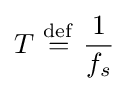
T\ {\stackrel {\mathrm {def} }{=}}\ {1 \over f_{s}}